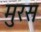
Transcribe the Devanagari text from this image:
मुरस